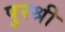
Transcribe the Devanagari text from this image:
पुरश्री